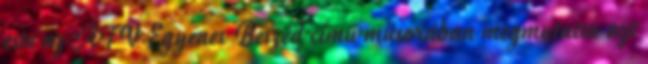
este az ATV Egyenes Beszéd című műsorában megmutatta azt